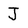
Character: J